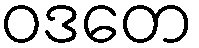
ဝဒတေ